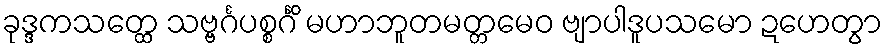
ခုဒ္ဒကသတ္ထေ သဗ္ဗင်္ဂပစ္စင်္ဂိံ မဟာဘူတမတ္တမေဝ ဗျာပါဒူပသမော ဍဟေတွာ